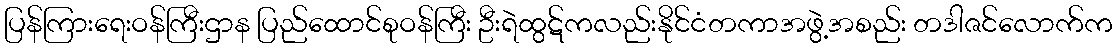
ပြန်ကြားရေးဝန်ကြီးဌာန ပြည်ထောင်စုဝန်ကြီး ဦးရဲထွဋ်ကလည်းနိုင်ငံတကာအဖွဲ့အစည်း တဒါဇင်လောက်က